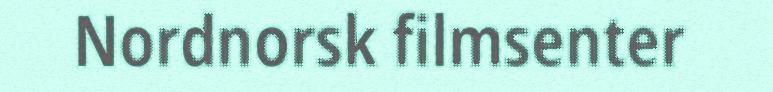
Nordnorsk filmsenter